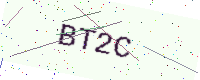
Text: BT2C